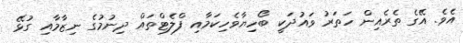
އެވެ. އޭގެ ތެރެއިން ހަތަރު ވައުދަކީ ބޯހިޔާވެހިކަމާއި ފްލެޓްތައް ދިނުމުގެ ނިޒާމާއި ގުޅޭ